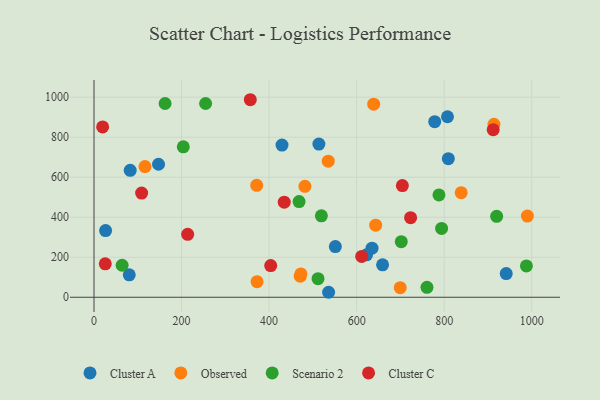
{"axis": {"x": "Price", "y": "Fuel Efficiency"}, "legend": ["Cluster A", "Cluster C", "Observed", "Scenario 2"], "data": [{"x": "80.5", "y": 112.0, "type": "Cluster A"}, {"x": "941.8", "y": 118.6, "type": "Cluster A"}, {"x": "622.7", "y": 212.1, "type": "Cluster A"}, {"x": "513.8", "y": 765.8, "type": "Cluster A"}, {"x": "807.6", "y": 902.2, "type": "Cluster A"}, {"x": "147.4", "y": 664.9, "type": "Cluster A"}, {"x": "778.4", "y": 877.6, "type": "Cluster A"}, {"x": "659.3", "y": 162.2, "type": "Cluster A"}, {"x": "536.0", "y": 24.9, "type": "Cluster A"}, {"x": "635.2", "y": 245.5, "type": "Cluster A"}, {"x": "26.5", "y": 333.3, "type": "Cluster A"}, {"x": "551.4", "y": 253.4, "type": "Cluster A"}, {"x": "429.5", "y": 760.5, "type": "Cluster A"}, {"x": "809.5", "y": 692.7, "type": "Cluster A"}, {"x": "82.7", "y": 634.5, "type": "Cluster A"}, {"x": "913.7", "y": 864.5, "type": "Observed"}, {"x": "639.0", "y": 965.1, "type": "Observed"}, {"x": "471.2", "y": 105.3, "type": "Observed"}, {"x": "116.5", "y": 653.0, "type": "Observed"}, {"x": "643.5", "y": 360.2, "type": "Observed"}, {"x": "371.7", "y": 559.4, "type": "Observed"}, {"x": "535.2", "y": 680.4, "type": "Observed"}, {"x": "372.5", "y": 78.0, "type": "Observed"}, {"x": "838.9", "y": 522.7, "type": "Observed"}, {"x": "481.9", "y": 554.7, "type": "Observed"}, {"x": "472.7", "y": 116.8, "type": "Observed"}, {"x": "699.6", "y": 47.9, "type": "Observed"}, {"x": "990.1", "y": 405.9, "type": "Observed"}, {"x": "162.4", "y": 968.6, "type": "Scenario 2"}, {"x": "519.5", "y": 406.9, "type": "Scenario 2"}, {"x": "468.5", "y": 478.5, "type": "Scenario 2"}, {"x": "760.7", "y": 49.6, "type": "Scenario 2"}, {"x": "987.9", "y": 156.7, "type": "Scenario 2"}, {"x": "919.9", "y": 404.5, "type": "Scenario 2"}, {"x": "794.1", "y": 344.2, "type": "Scenario 2"}, {"x": "788.1", "y": 511.6, "type": "Scenario 2"}, {"x": "204.0", "y": 752.2, "type": "Scenario 2"}, {"x": "64.2", "y": 160.0, "type": "Scenario 2"}, {"x": "511.8", "y": 92.9, "type": "Scenario 2"}, {"x": "255.0", "y": 968.6, "type": "Scenario 2"}, {"x": "702.0", "y": 277.9, "type": "Scenario 2"}, {"x": "723.3", "y": 397.9, "type": "Cluster C"}, {"x": "611.6", "y": 204.2, "type": "Cluster C"}, {"x": "19.7", "y": 851.4, "type": "Cluster C"}, {"x": "912.0", "y": 837.6, "type": "Cluster C"}, {"x": "214.0", "y": 314.4, "type": "Cluster C"}, {"x": "704.5", "y": 558.3, "type": "Cluster C"}, {"x": "403.7", "y": 158.2, "type": "Cluster C"}, {"x": "25.7", "y": 166.9, "type": "Cluster C"}, {"x": "108.8", "y": 520.7, "type": "Cluster C"}, {"x": "434.6", "y": 475.3, "type": "Cluster C"}, {"x": "357.1", "y": 987.4, "type": "Cluster C"}]}